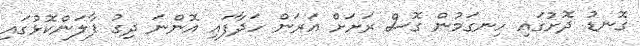
ގޮނޑު ދޮށުގައި ހިނގަމުން ގޮސް ރަށަށް އަރަން ހަދާފައި އޮންނަ ދިގު ފާލަންކޮޅުގައި